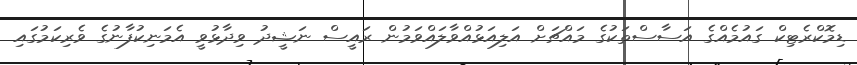
ޑިމޮކްރެޓިކް ގައުމެއްގެ އަސާސްތަކުގެ މައްޗަށް އަލިއަޅުއްވާލައްވަމުން ރައީސް ނަޝީދު ވިދާޅުވީ އެމަނިކުފާނުގެ ވެރިކަމުގައި